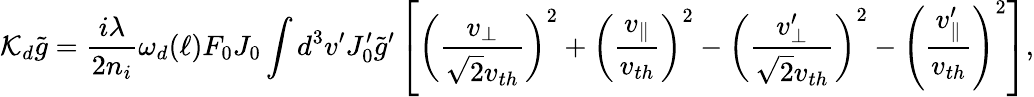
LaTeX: {\cal K}_{d}\tilde{g}=\frac{i\lambda}{2n_{i}}\omega_{d}(\ell)F_{0}J_{0}\int d^{3}v^{\prime}J_{0}^{\prime}\tilde{g}^{\prime}\left[\left(\frac{v_{\perp}}{\sqrt{2}v_{th}}\right)^{2}+\left(\frac{v_{\parallel}}{v_{th}}\right)^{2}-\left(\frac{v_{\perp}^{\prime}}{\sqrt{2}v_{th}}\right)^{2}-\left(\frac{v_{\parallel}^{\prime}}{v_{th}}\right)^{2}\right],